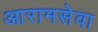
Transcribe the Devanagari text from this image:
आरामसेवा